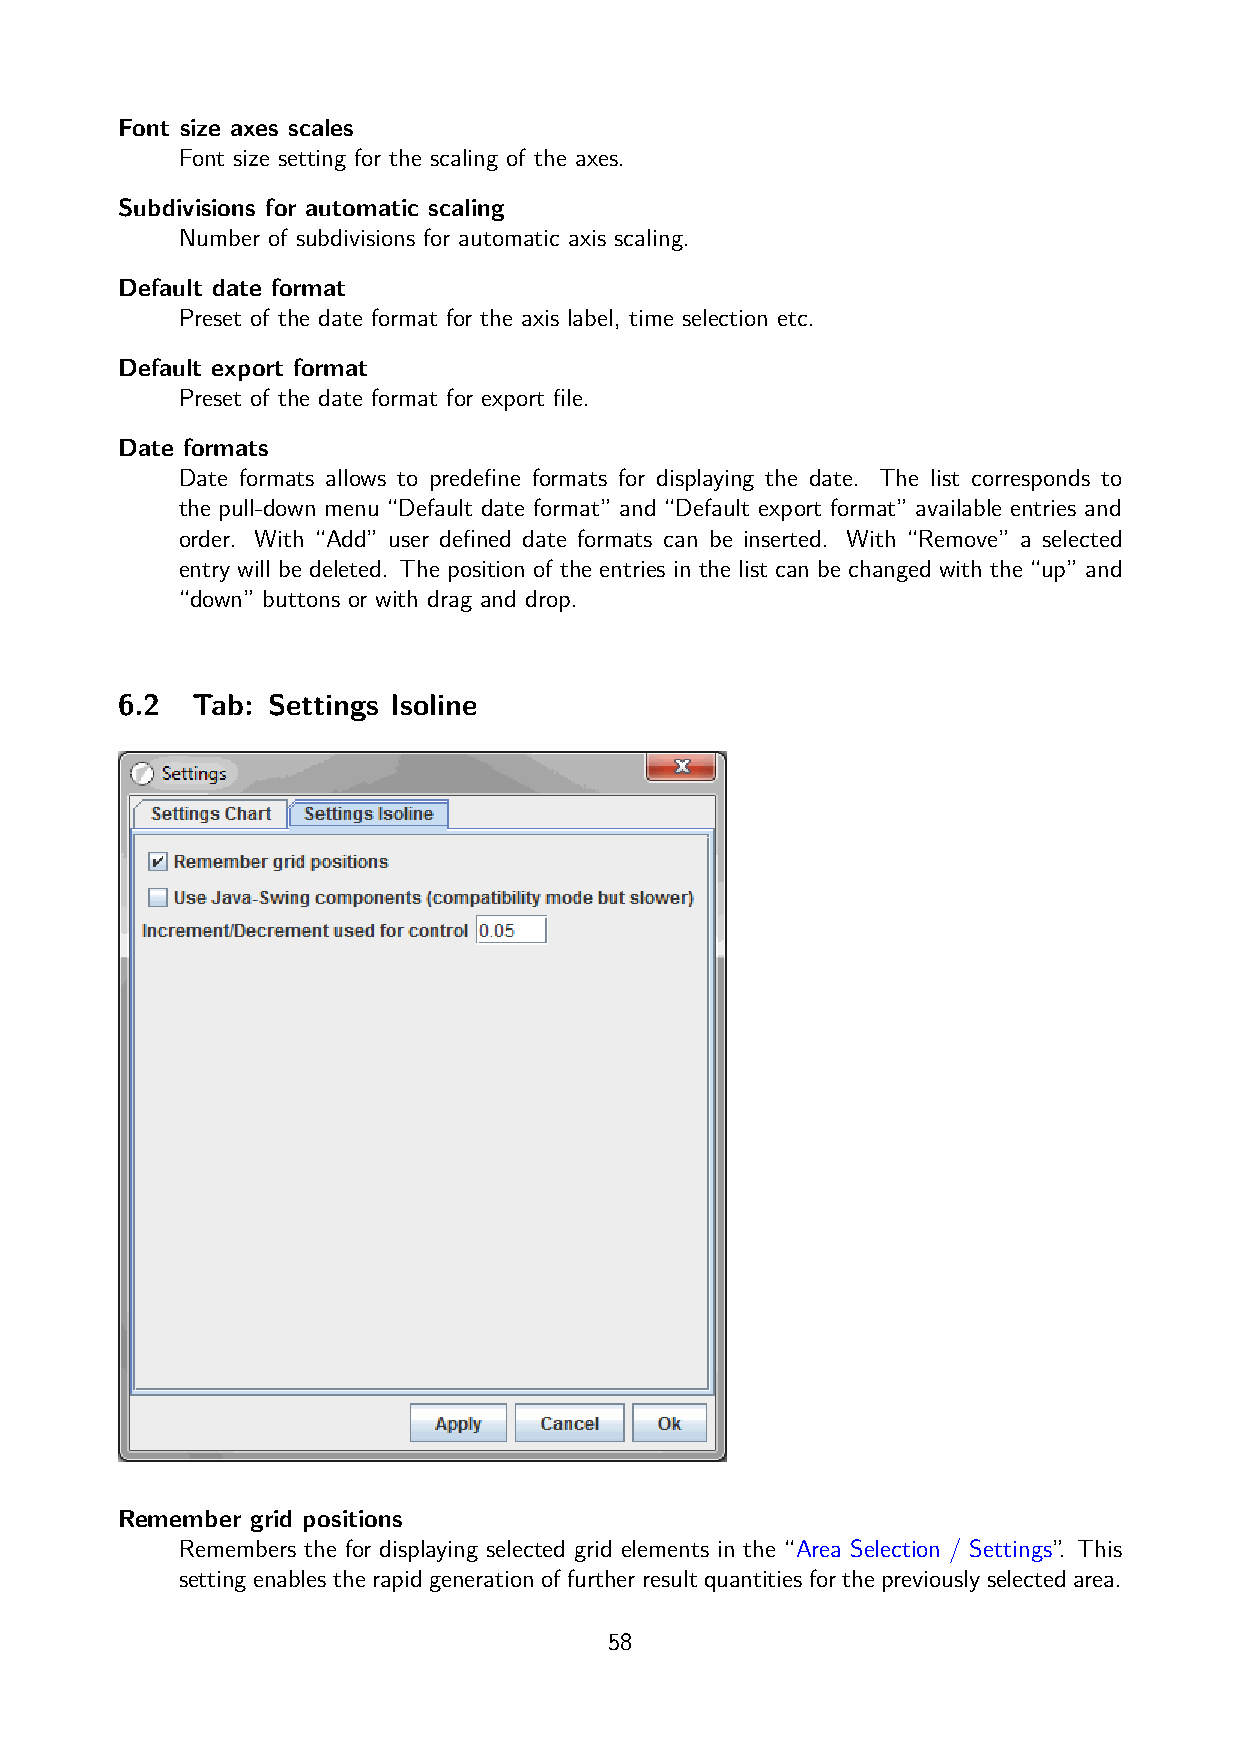
Font size axes scales
 Font size setting for the scaling of the axes.
 Subdivisions for automatic scaling
 Number of subdivisions for automatic axis scaling.
 Default date format
 Preset of the date format for the axis label, time selection etc.
 Default export format
 Preset of the date format for export file.
 Date formats
 Date formats allows to predefine formats for displaying the date. The list corresponds to
 the pull-down menu “Default date format” and “Default export format” available entries and
 order. With “Add” user defined date formats can be inserted. With “Remove” a selected
 entry will be deleted. The position of the entries in the list can be changed with the “up” and
 “down” buttons or with drag and drop.
 6.2  Tab: Settings Isoline
 Remember grid positions
 Remembers the for displaying selected grid elements in the “Area Selection / Settings”. This
 setting enables the rapid generation of further result quantities for the previously selected area.
 58